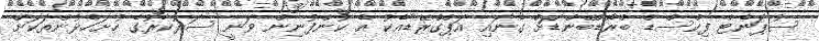
ސުޕަނެޓް ފިކްސްޑް ބްރޯޑްބޭންޑަށް ގެނައި އަޕްގްރޭޑާއެކު އެ ކުންފުނިން ވަނީ ސަރުކާރުގެ ހުށަހެޅުންތަކަށް